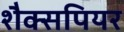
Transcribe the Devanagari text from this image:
शैक्सपियर